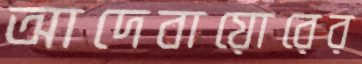
আদেবায়োরের